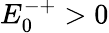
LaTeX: E_{0}^{-+}>0